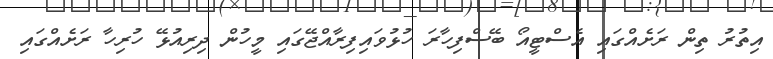
އިތުރު ތިން ރަށެއްގައި އެސްޓީއޯ ބޭސްފިހާރަ ހުޅުވައިފިރާއްޖޭގައި މީހުން ދިރިއުޅޭ ހުރިހާ ރަށެއްގައި